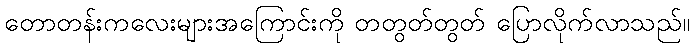
တောတန်းကလေးများအကြောင်းကို တတွတ်တွတ် ပြောလိုက်လာသည်။